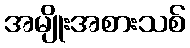
အမျိုးအစားသစ်